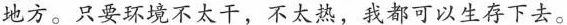
地方。只要环境不太干，不太热，我都可以生存下去。